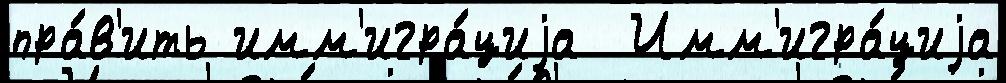
пра́в'ить имм'игра́циjа  Имм'игра́циjа